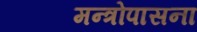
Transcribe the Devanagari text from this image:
मन्त्रोपासना